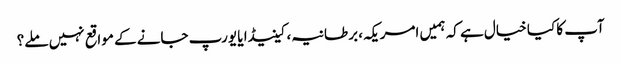
آپ کا کیا خیال ہے کہ ہمیں امریکہ، برطانیہ، کینیڈا یا یورپ جانے کے مواقع نہیں ملے؟